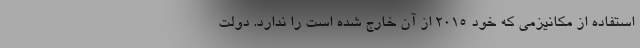
استفاده از مکانیزمی که خود ۲۰۱۵ از آن خارج شده است را ندارد. دولت